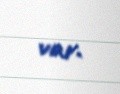
var.